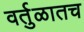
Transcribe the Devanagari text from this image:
वर्तुळातच